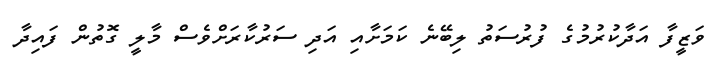
ވަޒީފާ އަދާކުރުމުގެ ފުރުސަތު ލިބޭނެ ކަމަށާއި އަދި ސަރުކާރަށްވެސް މާލީ ގޮތުން ފައިދާ